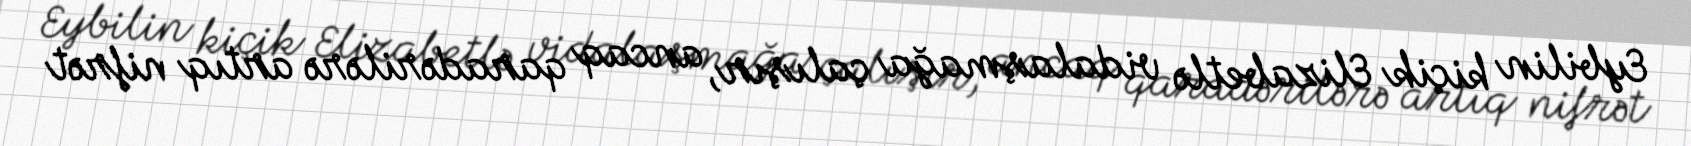
Eybilin kiçik Elizabetlə vidalaşmağa çalışır, ancaq qaradərilərə artıq nifrət